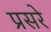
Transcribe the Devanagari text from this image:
प्रसरे